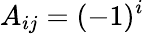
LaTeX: A_{ij}=(-1)^{i}